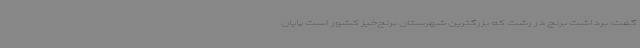
گفت: برداشت برنج در رشت که بزرگترین شهرستان برنج‌خیز کشور است پایان